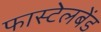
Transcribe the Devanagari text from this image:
फास्टेलबेंड